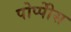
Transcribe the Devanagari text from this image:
पोप्पीेस